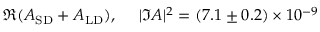
\Re ( { A _ { \mathrm { S D } } } + A _ { \mathrm { L D } } ) , ~ ~ ~ ~ | \Im A | ^ { 2 } = ( 7 . 1 \pm 0 . 2 ) \times 1 0 ^ { - 9 }